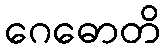
ဂေဓောတိ